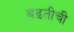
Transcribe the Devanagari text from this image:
बढतीची